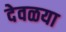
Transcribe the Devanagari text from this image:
देवळया